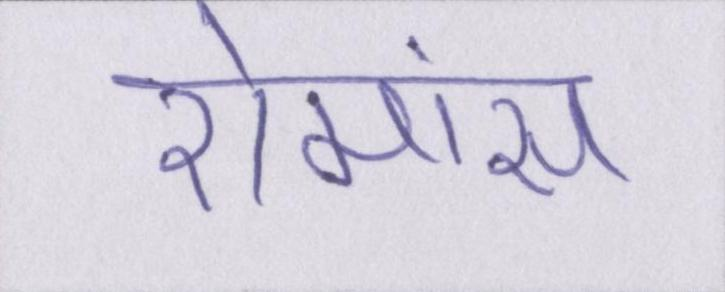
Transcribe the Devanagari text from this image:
रोमांस